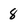
Character: 8